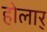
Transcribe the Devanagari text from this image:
होलार्